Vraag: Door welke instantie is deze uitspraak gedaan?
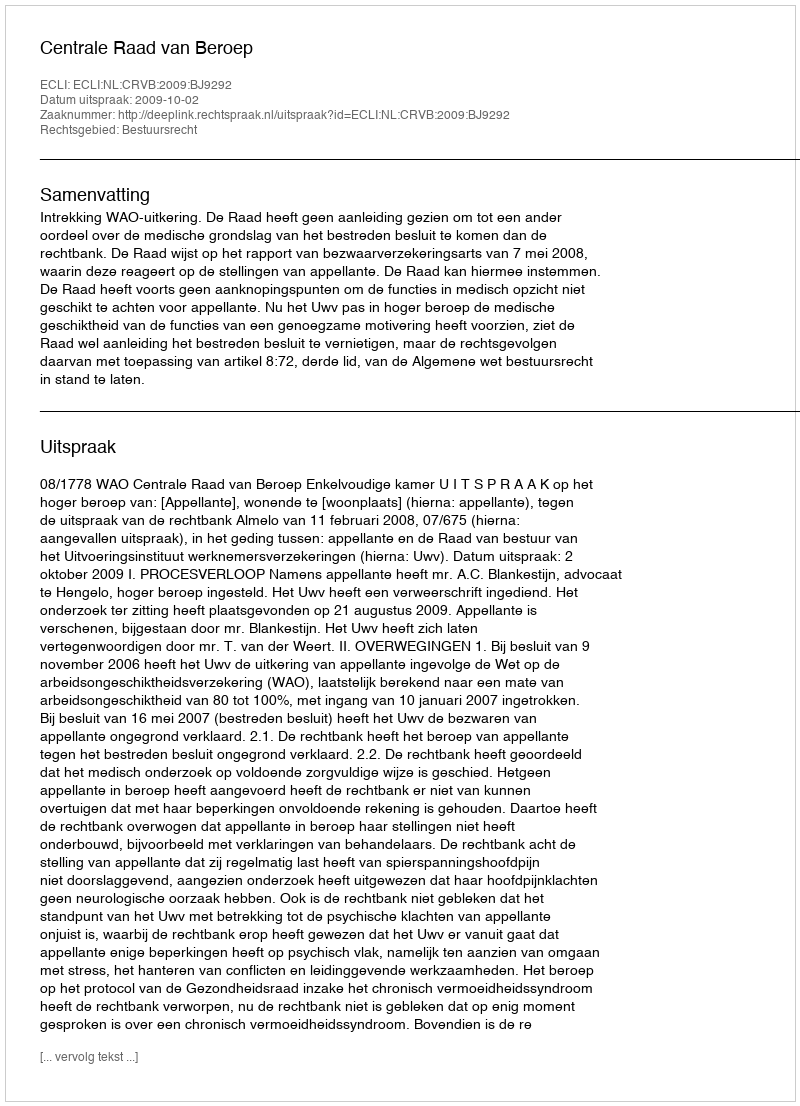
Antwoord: Centrale Raad van Beroep